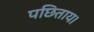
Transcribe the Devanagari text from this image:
पछिताय।